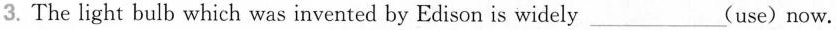
3. The light bulb which was invented by Edison is widely___(use)now.